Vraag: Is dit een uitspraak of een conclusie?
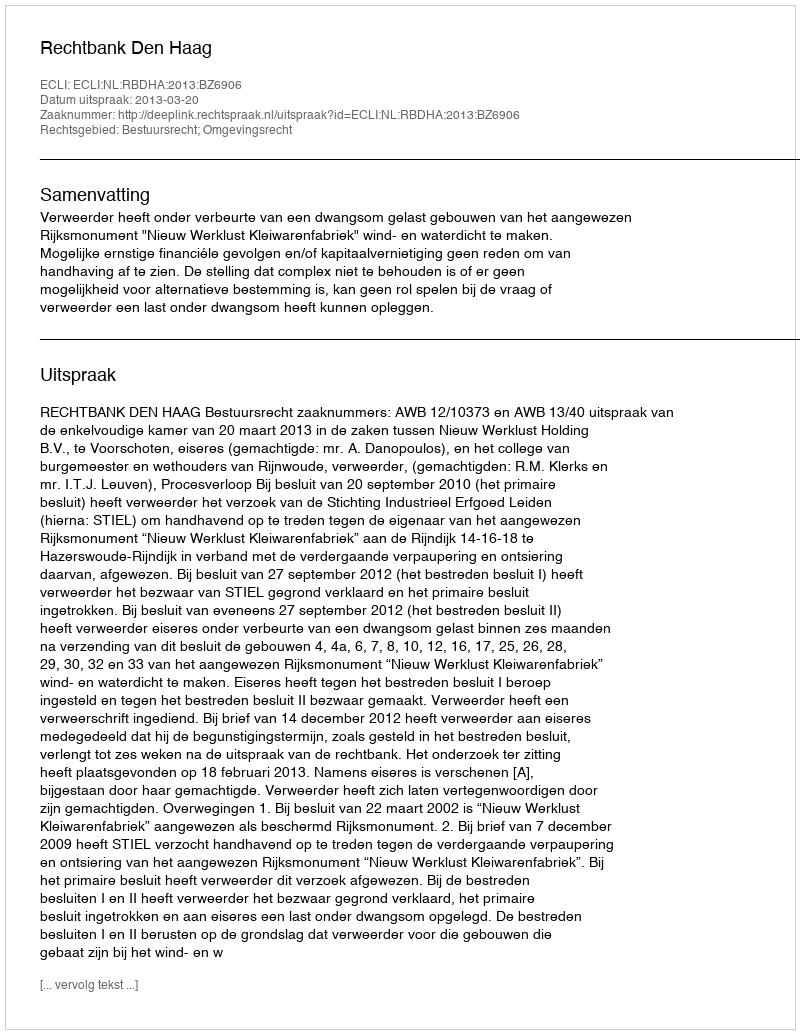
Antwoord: Uitspraak